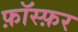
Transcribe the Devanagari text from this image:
फ़ॉस्फ़र